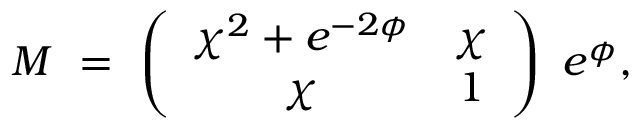
{ \cal M } \, \, = \, \, \left( \begin{array} { c c } { { \chi ^ { 2 } + e ^ { - 2 { \phi } } } } & { { \chi } } \\ { { \chi } } & { { 1 } } \end{array} \right) \, \, e ^ { { \phi } } ,